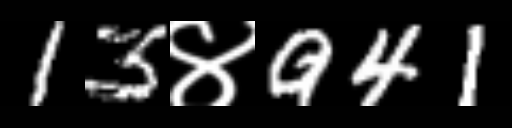
Text: 13४941